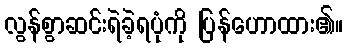
လွန်စွာဆင်းရဲခဲ့ရပုံကို ပြန်ဟောထား၏။